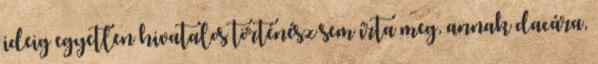
ideig egyetlen hivatalos történész sem írta meg, annak dacára,